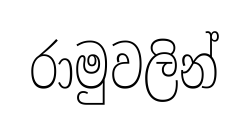
රාමුවලින්